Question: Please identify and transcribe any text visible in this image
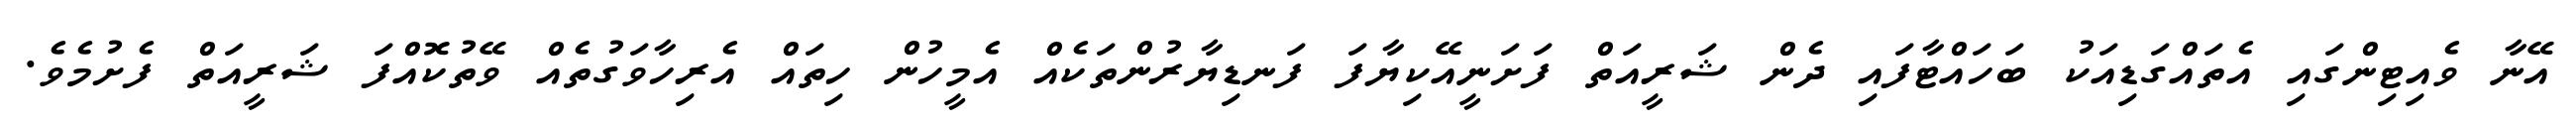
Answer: އޭނާ ވެއިޓިންގައި އެތައްގަޑިއަކު ބަހައްޓާފައި ދެން ޝަރީއަތް ފަށަނީއޭކިޔާފަ ފަނޑިޔާރުންތަކެއް އެމީހުން ހިތައް އެރިހާވަގުތެއް ވޭތުކޮއްފަ ޝަރީއަތް ފެށުމެވެ.